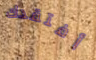
أفتقدك